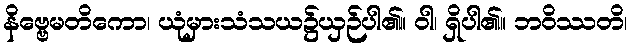
နိဗ္ဗေမတိကော၊ ယုံမှားသံသယ၌ယှဉ်ပါ၏။ ဝါ၊ ရှိပါ၏။ ဘဝိဿတိ၊